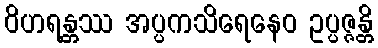
ဝိဟရန္တဿ အပ္ပကသိရေနေဝ ဥပ္ပဇ္ဇန္တိ